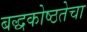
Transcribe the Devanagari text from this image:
बद्धकोष्ठतेचा